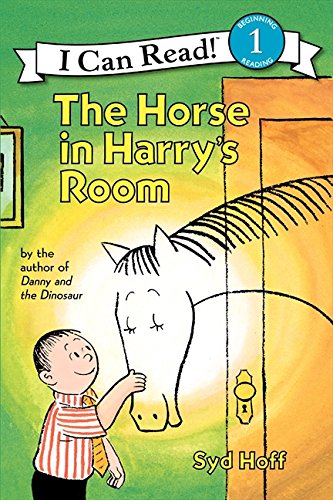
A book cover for The Horse in Harry's Room (Level 1); Syd Hoff; Children's Books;